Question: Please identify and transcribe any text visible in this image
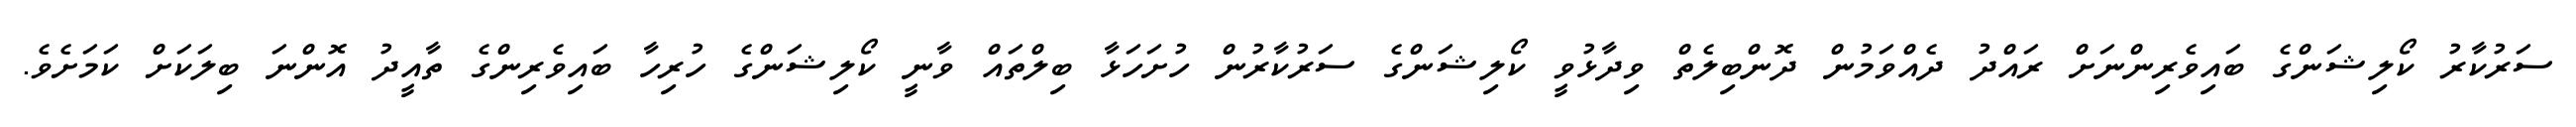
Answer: ސަރުކާރު ކޯލިޝަންގެ ބައިވެރިންނަށް ރައްދު ދެއްވަމުން ދޮންބިލެތް ވިދާޅުވީ ކޯލިޝަންގެ ސަރުކާރުން ހުށަހަޅާ ބިލްތައް ވާނީ ކޯލިޝަންގެ ހުރިހާ ބައިވެރިންގެ ތާއީދު އޮންނަ ބިލަކަށް ކަމަށެވެ.